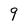
Character: 9